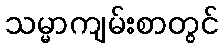
သမ္မာကျမ်းစာတွင်